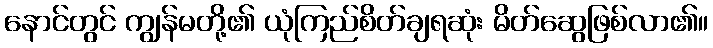
နောင်တွင် ကျွန်မတို့၏ ယုံကြည်စိတ်ချရဆုံး မိတ်ဆွေဖြစ်လာ၏။